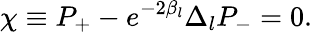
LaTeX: \chi\equiv P_{+}-e^{-2\beta_{l}}\Delta_{l}P_{-}=0.